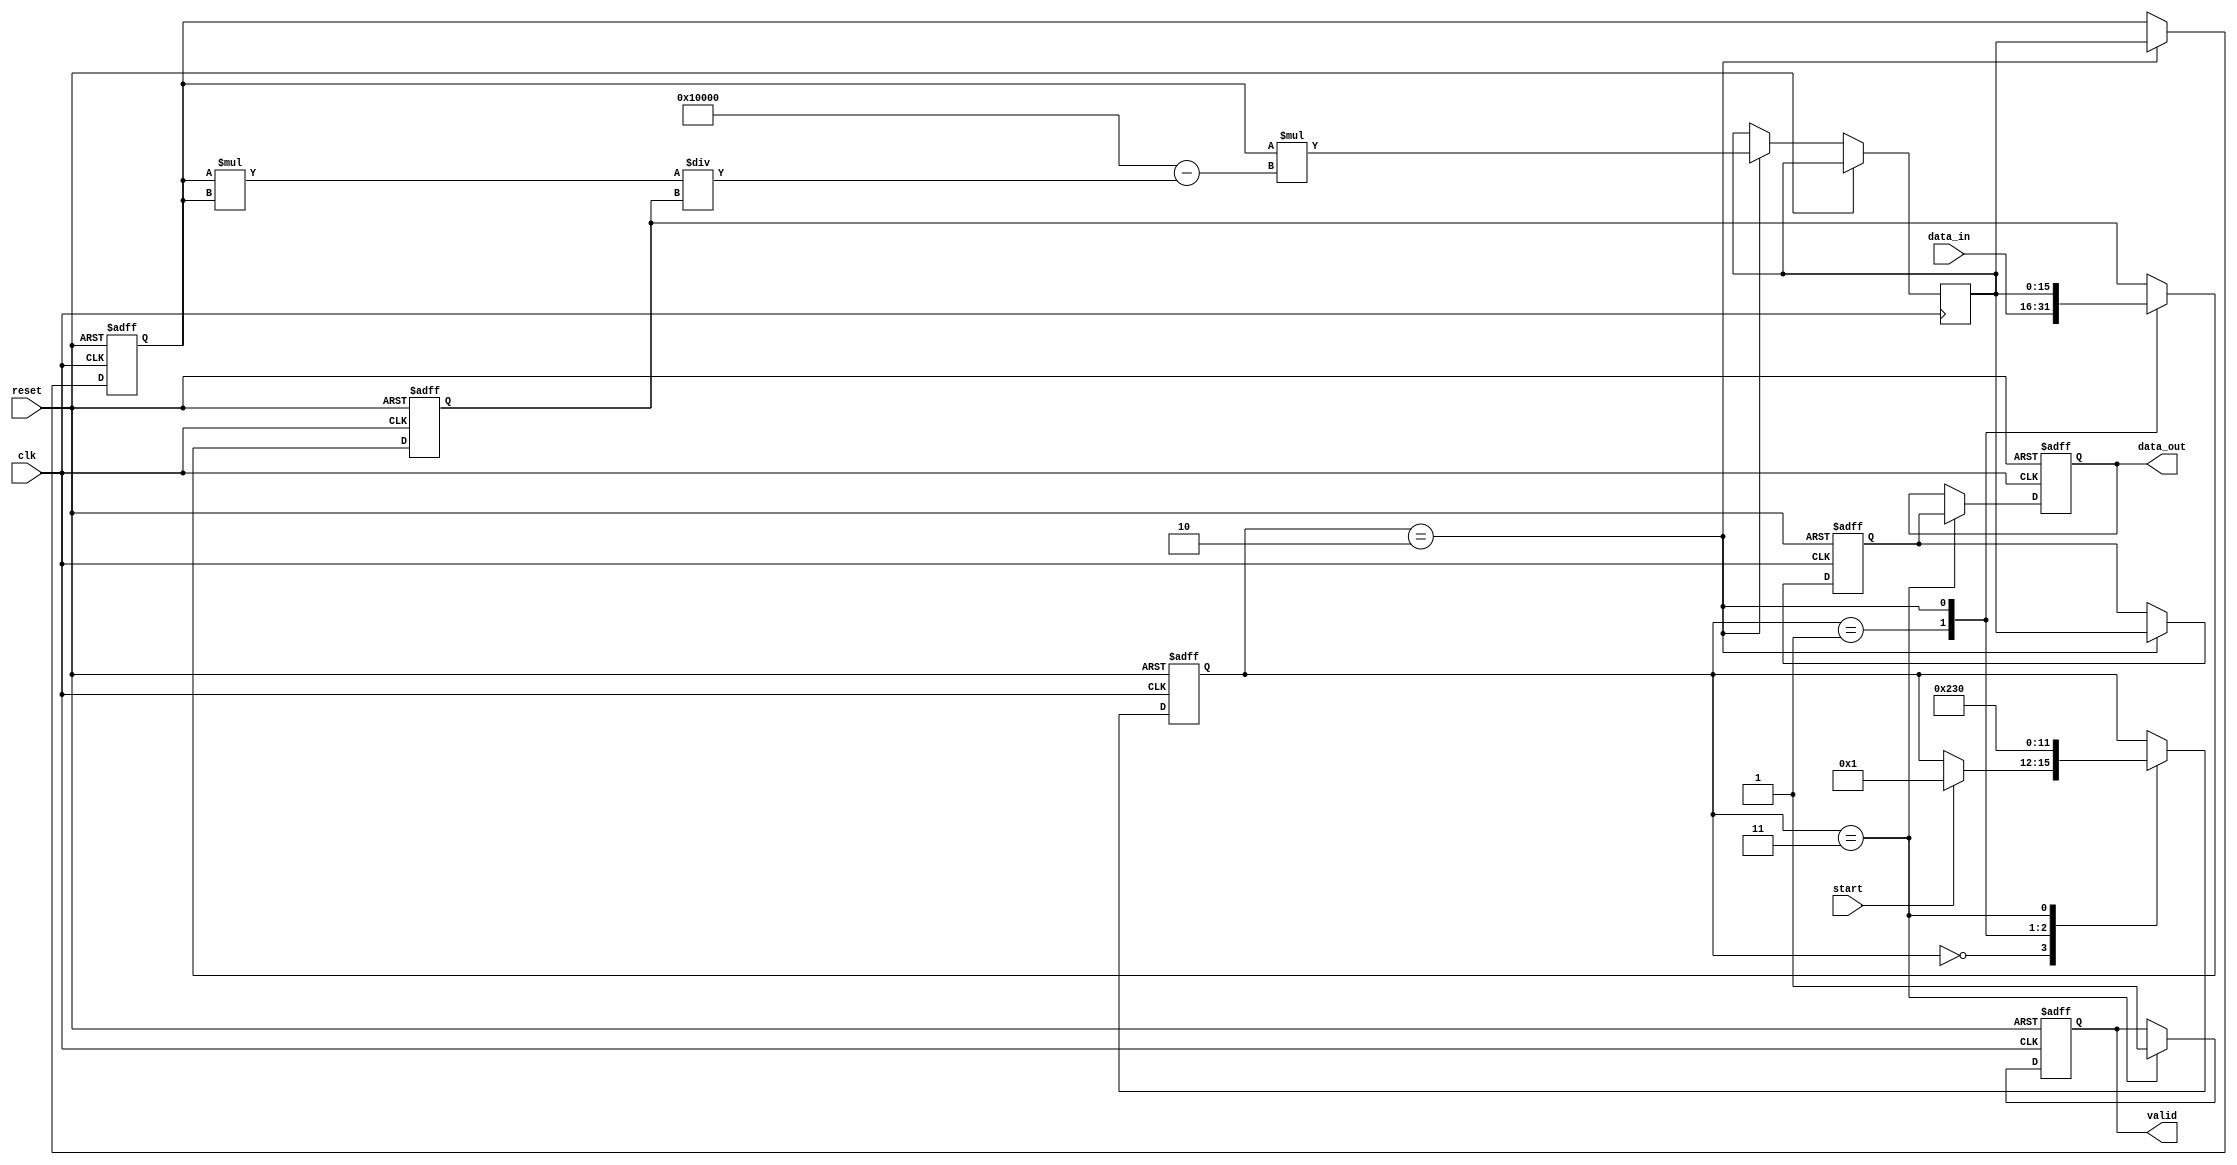
module systolic_array_reciprocal #(
    parameter DATA_WIDTH = 16,
    parameter PE_COUNT = 4 // Number of Processing Elements in the array
)(
    input  wire [DATA_WIDTH-1:0] data_in,
    input  wire clk,
    input  wire reset,
    input  wire start,
    output reg  [DATA_WIDTH-1:0] data_out,
    output reg  valid
);

    // Internal signals
    reg [DATA_WIDTH-1:0] pe_data[0:PE_COUNT-1]; // Data for each Processing Element
    reg [DATA_WIDTH-1:0] temp_result;
    integer i;
    reg [3:0] state; // State machine for controlling the operation
    localparam IDLE = 0, LOAD = 1, PROCESS = 2, OUTPUT = 3;

    // State Machine to control the operation
    always @(posedge clk or posedge reset) begin
        if (reset) begin
            state <= IDLE;
            valid <= 0;
            data_out <= 0;
            for (i = 0; i < PE_COUNT; i = i + 1) begin
                pe_data[i] <= 0;
            end
        end else begin
            case (state)
                IDLE: begin
                    if (start) begin
                        state <= LOAD;
                    end
                end

                LOAD: begin
                    // Load input data into the first PE
                    pe_data[0] <= data_in;
                    state <= PROCESS;
                end

                PROCESS: begin
                    // Perform the reciprocal calculation using PEs
                    for (i = 0; i < PE_COUNT; i = i + 1) begin
                        if (i == 0) begin
                            // First PE: Initial guess (using a simple approximation)
                            temp_result <= {1'b0, pe_data[i][DATA_WIDTH-1:1]}; // Initial guess
                        end else begin
                            // Subsequent PEs: Newton-Raphson iteration
                            temp_result <= pe_data[i-1] * (2**DATA_WIDTH - pe_data[i-1] * pe_data[i-1] / pe_data[0]);
                        end
                        pe_data[i] <= temp_result;
                    end
                    state <= OUTPUT;
                end

                OUTPUT: begin
                    // Output the last PE result as the final reciprocal
                    data_out <= pe_data[PE_COUNT-1];
                    valid <= 1;
                    state <= IDLE; // Go back to IDLE state
                end
            endcase
        end
    end

endmodule